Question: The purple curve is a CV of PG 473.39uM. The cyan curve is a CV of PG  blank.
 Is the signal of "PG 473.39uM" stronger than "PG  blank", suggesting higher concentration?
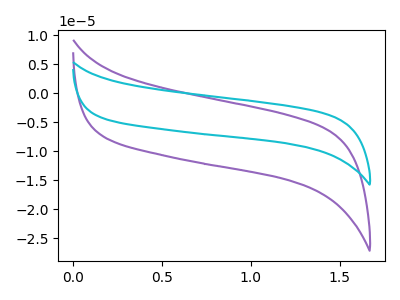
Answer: <think>The purple curve "PG 473.39uM" has no peaks. The cyan curve "PG  blank" has no peaks.
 Neither "PG 473.39uM" or "PG  blank" have any peaks.</think>
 <answer>I cant tell if "PG 473.39uM" or "PG  blank" has higher concentration.</answer>
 <eval>mixed_concentration</eval>